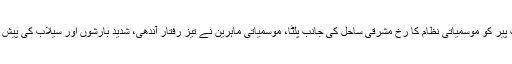
ایسے میں جب پیر کو موسمیاتی نظام کا رُخ مشرقی ساحل کی جانب پلٹا، موسمیاتی ماہرین نے تیز رفتار آندھی، شدید بارشوں اور سیلاب کی پیش گوئی کی ہے۔